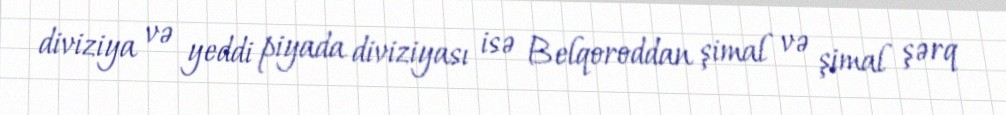
diviziya və yeddi piyada diviziyası isə Belqoroddan şimal və şimal şərq